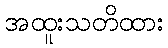
အထူးသတိထား